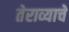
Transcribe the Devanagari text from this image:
तेराव्याचे